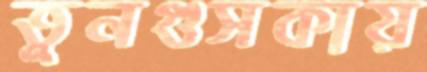
তুনগুসকায়